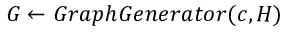
G \gets G r a p h G e n e r a t o r ( c , H )